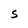
Character: S